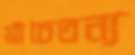
শ্রীচৈতন্য